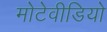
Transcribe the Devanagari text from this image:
मोटेवीडियो